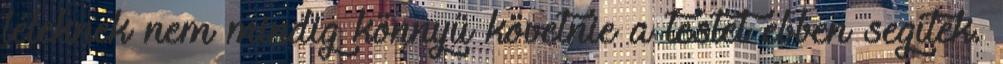
léleknek nem mindig könnyű követnie a testet ebben segítek.